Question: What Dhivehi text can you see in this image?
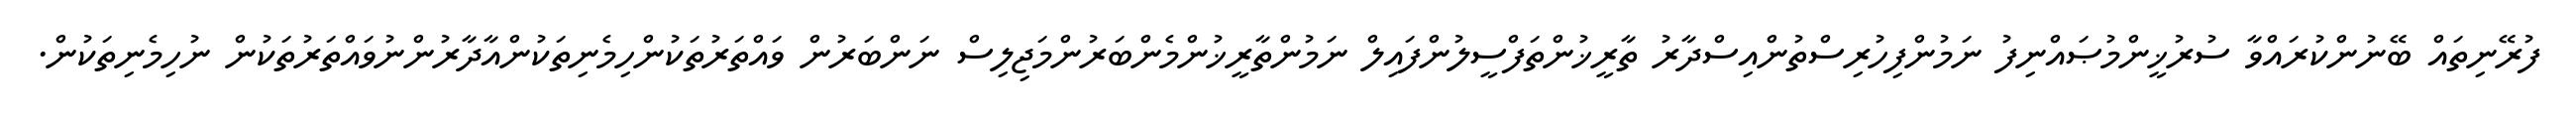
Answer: ފުރޭނިތައް ބޭނުންކުރައްވާ ސުރުޚީންމުޞައްނިފު ނަމުންފިހުރިސްތުންއިސްދާރު ތާރީޚުންތަފްސީލުންފައިލް ނަމުންތާރީޚުންމެންބަރުންމަޖިލިސް ނަންބަރުން ވައްތަރުތަކުންހިމެނިތަކުންއާދާރުންނުވައްތަރުތަކުން ނުހިމެނިތަކުން.